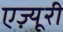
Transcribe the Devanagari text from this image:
एज़्यूरी